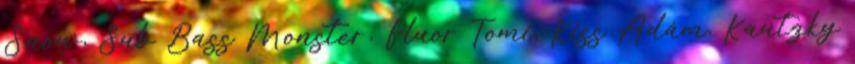
Snow, Sub Bass Monster, Fluor Tomi, Kiss Ádám, Kautzky